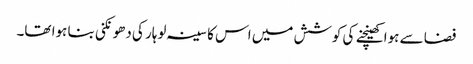
فضا سے ہوا کھینچنے کی کوشش میں اس کا سینہ لوہار کی دھونکنی بنا ہوا تھا۔